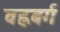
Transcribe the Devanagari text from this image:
वह्लबर्ग